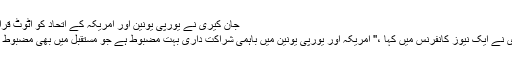
جان کیری نے یورپی یونین اور امریکہ کے اتحاد کو اٹوٹ قرار دیا ہے
جان کیری نے ایک نیوز کانفرنس میں کہا ،'' امریکہ اور یورپی یونین میں باہمی شراکت داری بہت مضبوط ہے جو مستقبل میں بھی مضبوط رہے گی۔